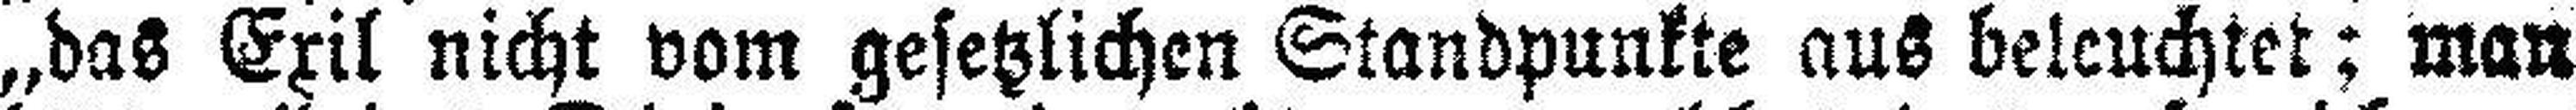
„das Exil nicht vom gesetzlichen Standpunkte aus beleuchtet; man